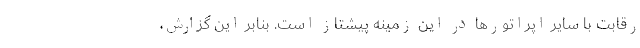
رقابت با سایر اپراتورها در این زمینه پیشتاز است. بنابر این گزارش،